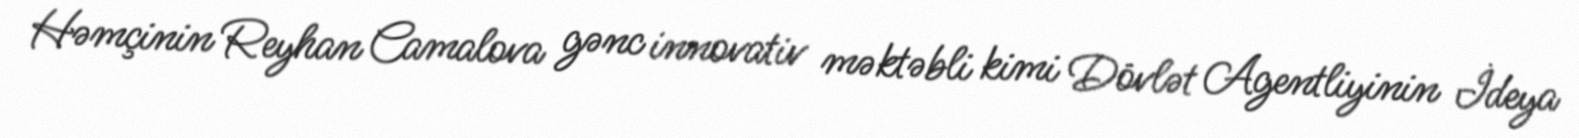
Həmçinin Reyhan Camalova gənc innovativ məktəbli kimi Dövlət Agentliyinin İdeya